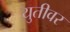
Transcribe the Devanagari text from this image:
युतीवर